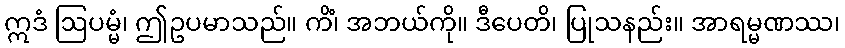
ဣဒံ ဩပမ္မံ၊ ဤဥပမာသည်။ ကိံ၊ အဘယ်ကို။ ဒီပေတိ၊ ပြုသနည်း။ အာရမ္မဏဿ၊